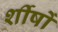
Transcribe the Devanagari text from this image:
र्शीषों